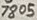
Text: 7805